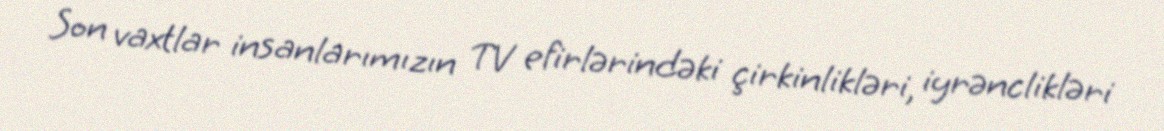
Son vaxtlar insanlarımızın TV efirlərindəki çirkinlikləri, iyrənclikləri